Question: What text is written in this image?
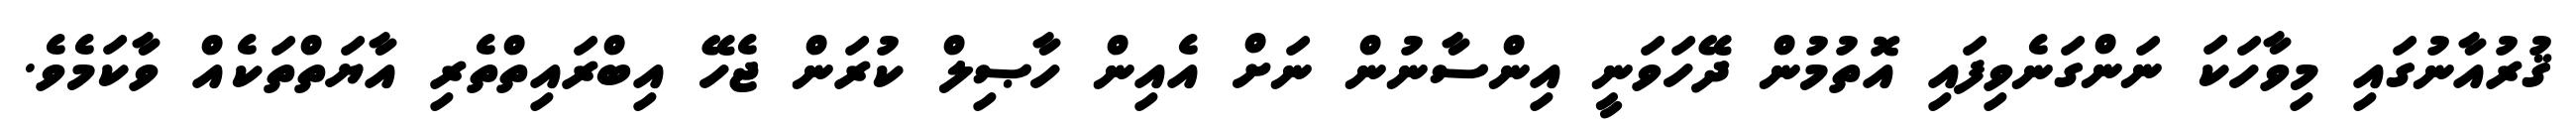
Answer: ޤުރުއާނުގައި މިވާހަކަ ނަންގަނެވިފައި އޮތުމުން ދޭހަވަނީ އިންސާނުން ނަށް އެއިން ހާޞިލް ކުރަން ޖެހޭ އިބްރައިތްތެރި އާޔަތްތަކެއް ވާކަމެވެ.